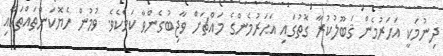
ދިނުމަކީ އަހަރުމެން ޤަބޫލުކުރާ ގޮތުގައި އަހަރުމެންގެ މައްޗަށް ވާޖިބުގެންވާ ކަމެކެވެ. ވުމުން ހެޔޮކަންތައްތަކާއި